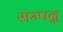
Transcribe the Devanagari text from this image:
सम्पन्न्